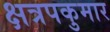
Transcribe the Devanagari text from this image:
क्षत्रपकुमार